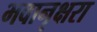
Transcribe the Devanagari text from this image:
भवानृक्षरा